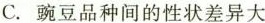
C.豌豆品种间的性状差异大